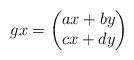
LaTeX: \begin{align*}gx=\begin{pmatrix}ax+by \\cx+dy\end{pmatrix}\end{align*}